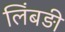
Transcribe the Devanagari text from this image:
लिंबड़ी